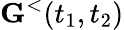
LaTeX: {\mathbf G}^{<}(t_{1},t_{2})